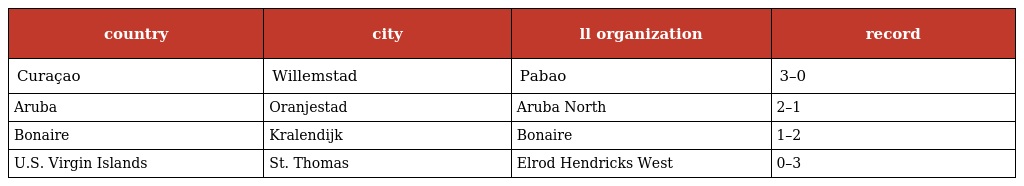
| country | city | ll organization | record |
 | --- | --- | --- | --- |
 | Curaçao | Willemstad | Pabao | 3–0 |
 | Aruba | Oranjestad | Aruba North | 2–1 |
 | Bonaire | Kralendijk | Bonaire | 1–2 |
 | U.S. Virgin Islands | St. Thomas | Elrod Hendricks West | 0–3 |